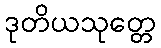
ဒုတိယသုတ္တေ